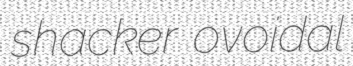
shacker ovoidal